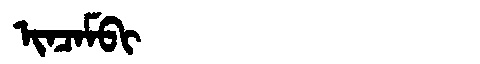
Manchu: ᡳᠨᠴᠠᠮᠪᡳ
Romanization: INCAMBI